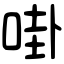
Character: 啩